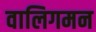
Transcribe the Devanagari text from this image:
वालिगमन